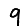
Digit: 9